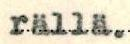
rällä.